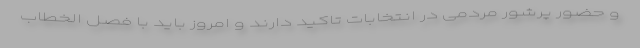
و حضور پرشور مردمی در انتخابات تاکید دارند و امروز باید با فصل الخطاب